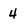
Character: 4